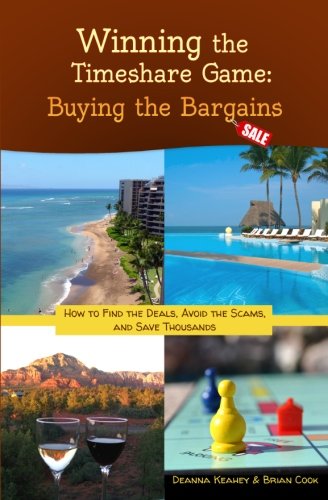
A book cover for Winning the Timeshare Game: Buying the Bargains; Deanna Keahey; Travel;